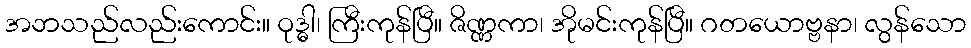
အဘသည်လည်းကောင်း။ ဝုဒ္ဓါ၊ ကြီးကုန်ပြီ။ ဇိဏ္ဏကာ၊ အိုမင်းကုန်ပြီ။ ဂတယောဗ္ဗနာ၊ လွန်သော